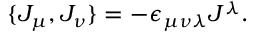
\{ J _ { \mu } , J _ { \nu } \} = - \epsilon _ { \mu \nu \lambda } J ^ { \lambda } .